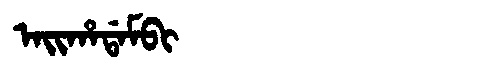
Manchu: ᠠᡳᡥᠠᡩᠠᠮᠪᡳ
Romanization: AIHADAMBI